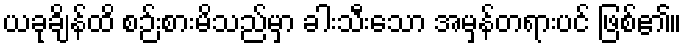
ယခုချိန်ထိ စဉ်းစားမိသည်မှာ ခါးသီးသော အမှန်တရားပင် ဖြစ်၏။